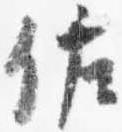
佐